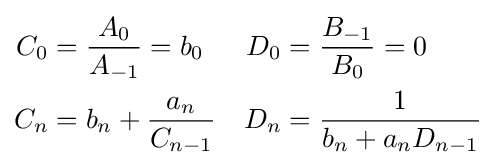
{\begin{aligned}{C}_{0}&={\frac {{A}_{0}}{{A}_{-1}}}={b}_{0}&{D}_{0}&={\frac {{B}_{-1}}{{B}_{0}}}=0\\{C}_{n}&={b}_{n}+{\frac {{a}_{n}}{{C}_{n-1}}}&{D}_{n}&={\frac {1}{{b}_{n}+{a}_{n}{D}_{n-1}}}\end{aligned}}